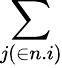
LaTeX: \sum_{j(\in n.i)}